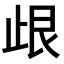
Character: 𣥦